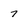
Character: 7